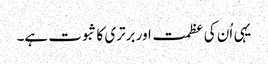
یہی اُن کی عظمت اور برتری کا ثبوت ہے۔